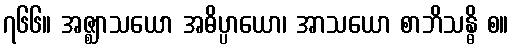
၇၆၆။ အဇ္ဈာသယော အဓိပ္ပာယော၊ အာသယော စာဘိသန္ဓိ စ။